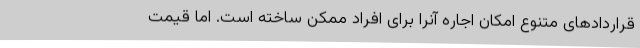
قراردادهای متنوع امکان اجاره آنرا برای افراد ممکن ساخته است. اما قیمت